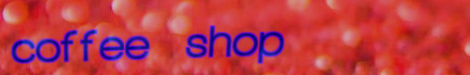
coffee shop